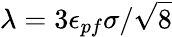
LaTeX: \lambda=3\epsilon_{pf}\sigma/\sqrt{8}